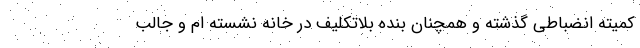
کمیته انضباطی گذشته و همچنان بنده بلاتکلیف در خانه نشسته ام و جالب